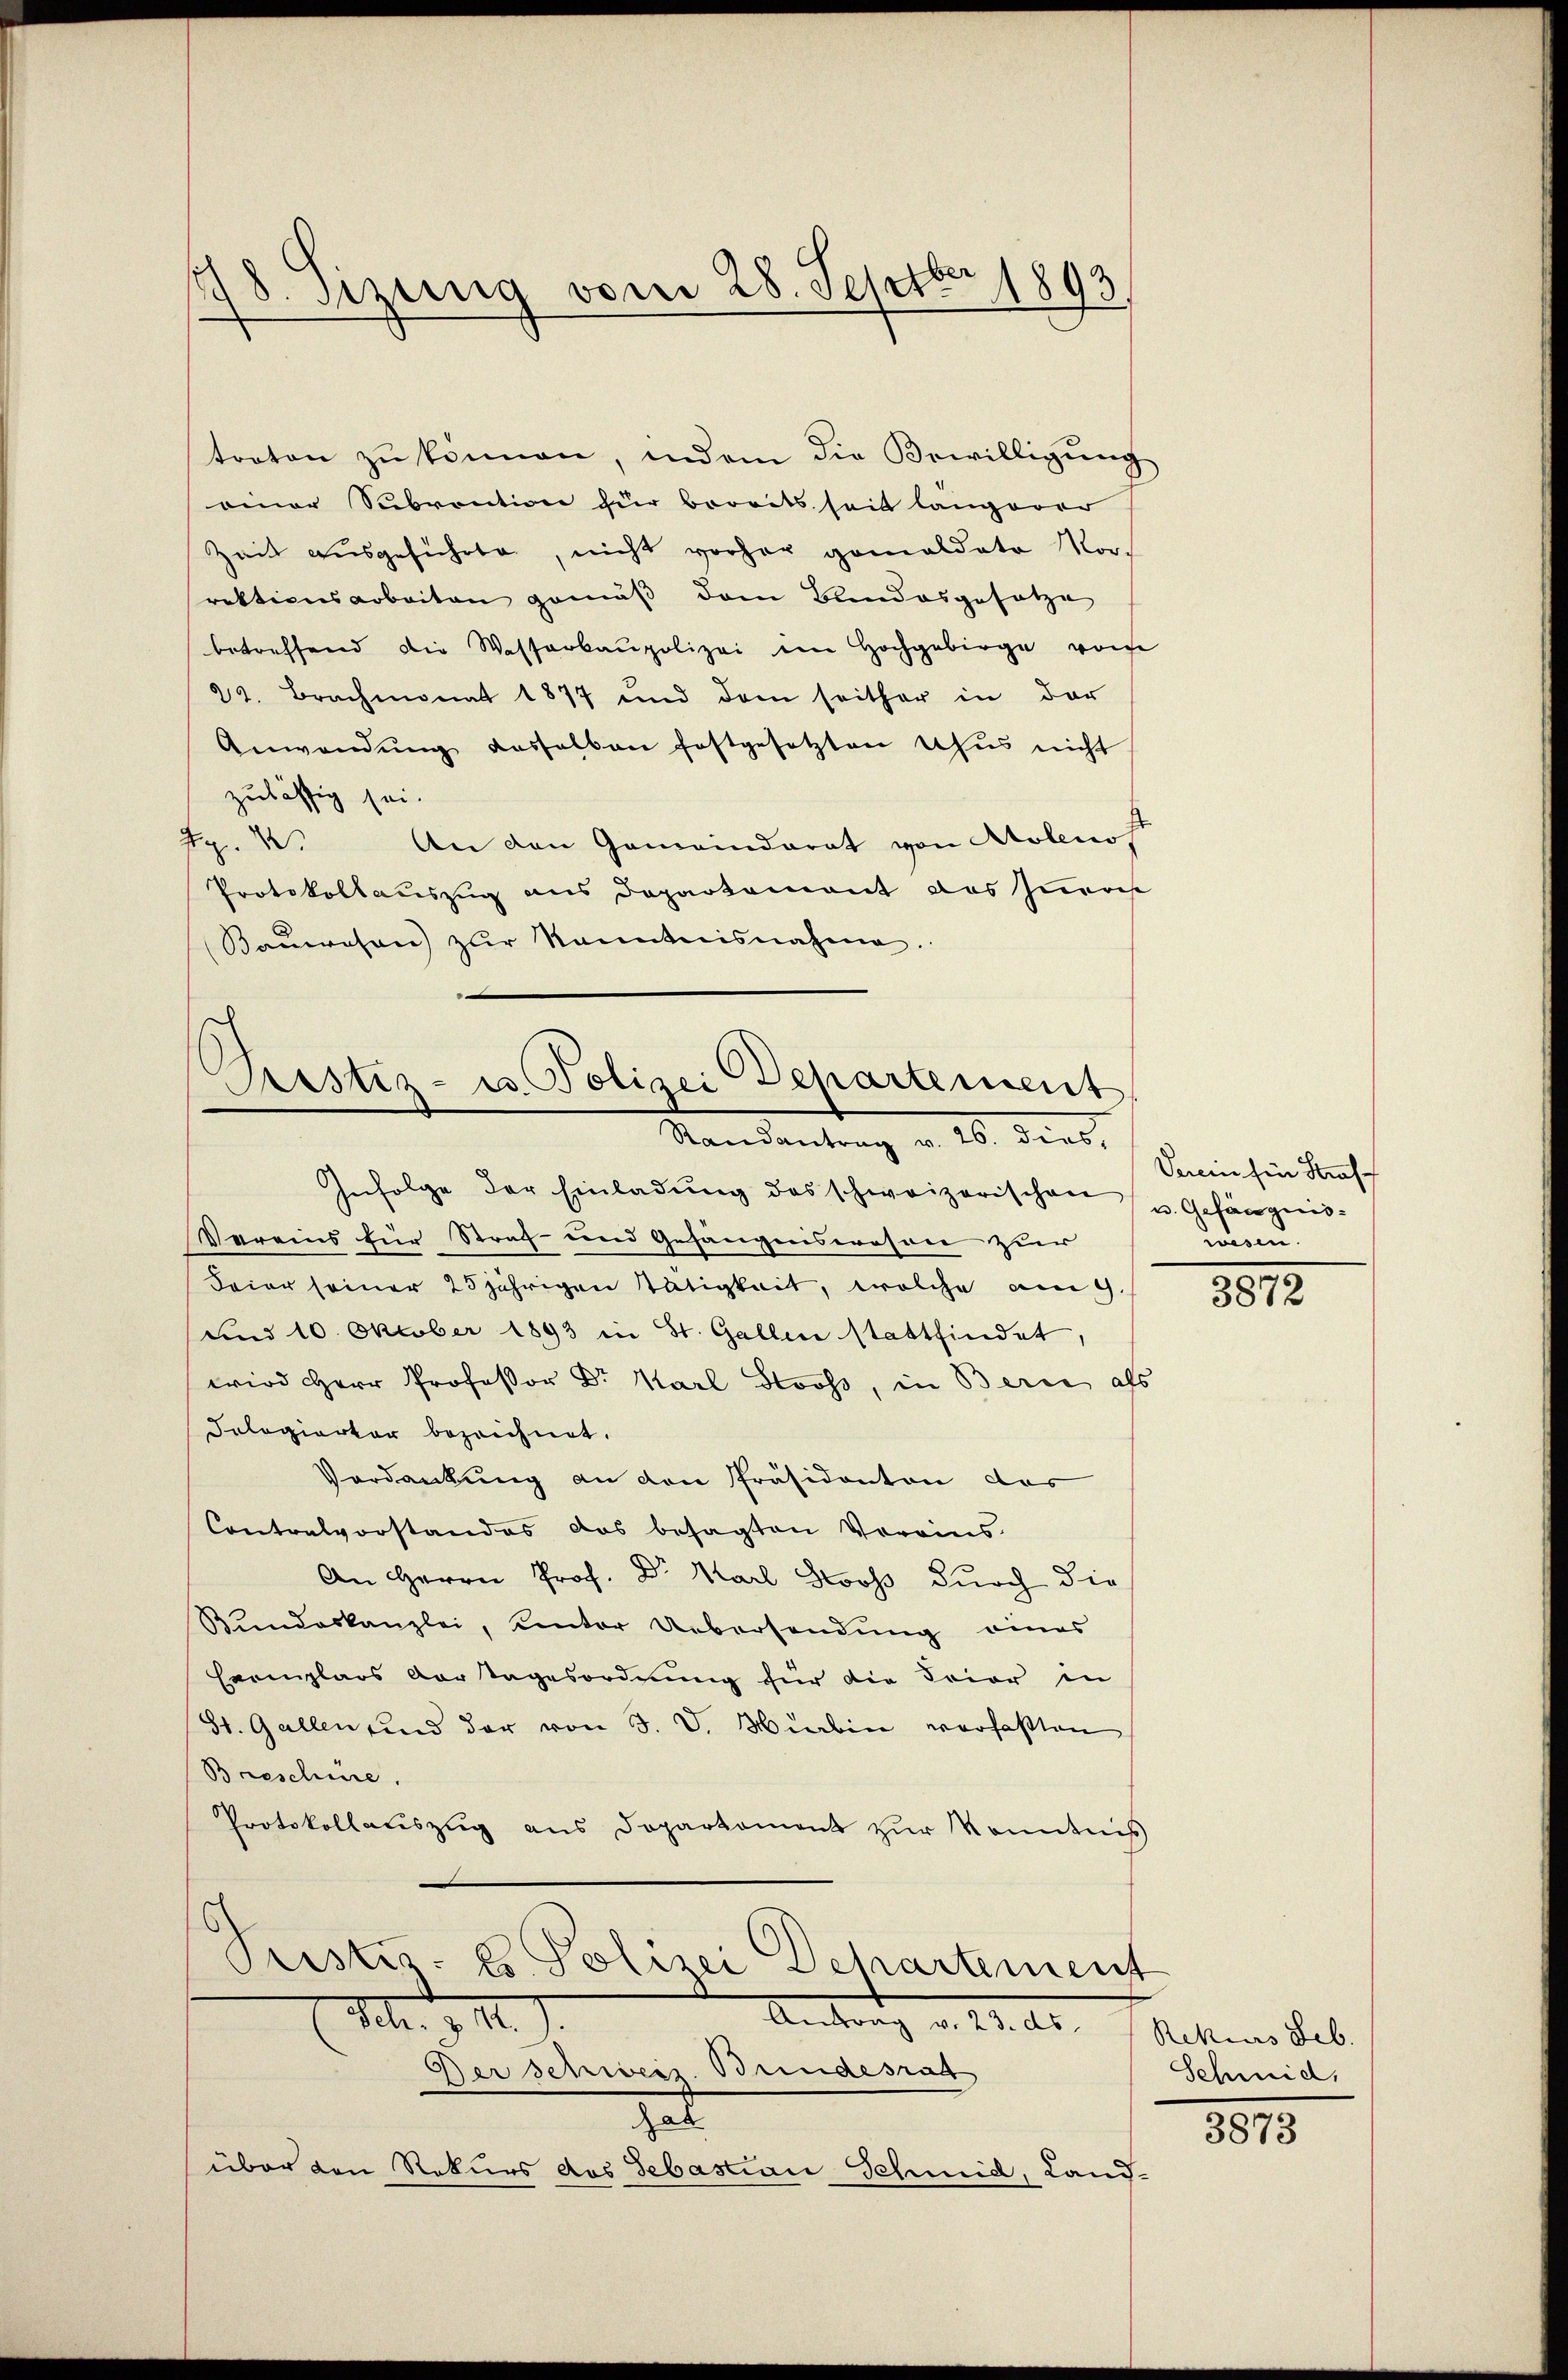
.
5 sizung vom 28. Septbr 1893

traton zŭ können, indem die Bewilligŭng
einer Subvention zur bereits seit langerer
Zeit ausgeführte, nicht vorher gemaldate Vorrektionsarbeiten gemäß dem Bandesgesetze
betreffend die Wasserbaupolizei im Hochgebirge von
22. Brachmonat 1877 und dem seither in der
Anwendŭng deshalben festgesetzten Uhŭs nicht
zulässig sei.

An den Gemeinderat von Atoleno f
d
Protokollauszug aus Departement das Zürich
Baŭwesen zŭr kanntnisnahme.

Departement
Ristiz- u. Polizei
Randantrag v. 26. dies,

Infolge der Einladŭng des schweizerischen u. Gefängnis¬
Vereins für Straf- und Gefängniswesen zur
Feier seiner 25jährigen Tätigkeit, welche am 9.
und 10. Oktober 1893 in St. Gallen stattfindet,
wird Herr Professor Dr. Karl Stooss, in Berie als
Cologierter bezeichnet.
Verdankung an den Präsidenten das
Contralvorstandes das besagten Vorains
An Herrn Prof. Dr. Karl Loos durch die
Bundeskanzlei, unter Uebersendung eines
Exemplars vertagesordnung für die Frier in
St. Gallen und der von J. V. Hieben verfaßten
Breeschie
Protokollauszug aus Doparkoment zur Kenntnis
ristiz- & Polizei Departement
(Mtr. d. M.).
Antrag v. 12. r. Rechten Seb.
Der Schweiz. Bundesrat
dat
über den Rekurs des Sebastian Schmid, Land-

Verein für Straf
wesen.

3812

Schmid,

3873